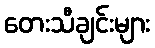
တေးသီချင်းများ